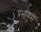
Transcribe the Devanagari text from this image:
प्रभावमें